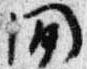
間